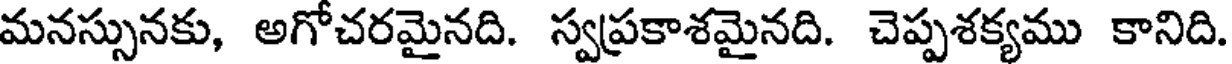
మనస్సునకు, అగోచరమైనది. స్వప్రకాశమైనది. చెప్పశక్యము కానిది.